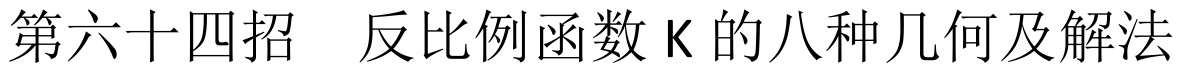
第六十四招  反比例函数 K 的八种几何及解法